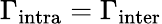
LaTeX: \Gamma_{\mathrm{{intra}}}=\Gamma_{\mathrm{{inter}}}